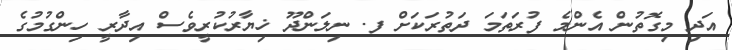
އަދި މިގޮތުން އެންމެ ފުރަތަމަ ދަތުރަކަށް ފ. ނިލަންދޫ ޚިޔާރުކުރީވެސް އިދާރީ ހިންގުމުގެ